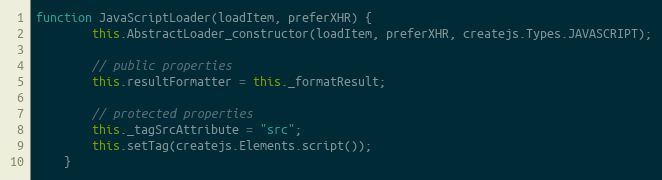
Language: JavaScript
function JavaScriptLoader(loadItem, preferXHR) {
		this.AbstractLoader_constructor(loadItem, preferXHR, createjs.Types.JAVASCRIPT);

		// public properties
		this.resultFormatter = this._formatResult;

		// protected properties
		this._tagSrcAttribute = "src";
		this.setTag(createjs.Elements.script());
	}